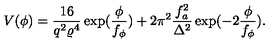
V ( \phi ) = \frac { 1 6 } { q ^ { 2 } \varrho ^ { 4 } } \exp ( \frac { \phi } { f _ { \phi } } ) + 2 \pi ^ { 2 } \frac { f _ { a } ^ { 2 } } { \Delta ^ { 2 } } \exp ( - 2 \frac { \phi } { f _ { \phi } } ) .